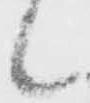
候